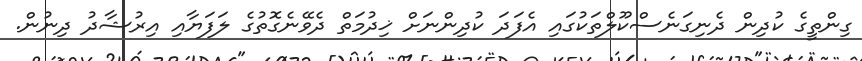
ގިންތީގެ ކުދިން ދެނިގަނެސްކޫލްތަކުގައި އެފަދަ ކުދިންނަށް ޚިދުމަތް ދެވޭނެގޮތުގެ ލަފަޔާއި އިރުޝާދު ދިނުން.